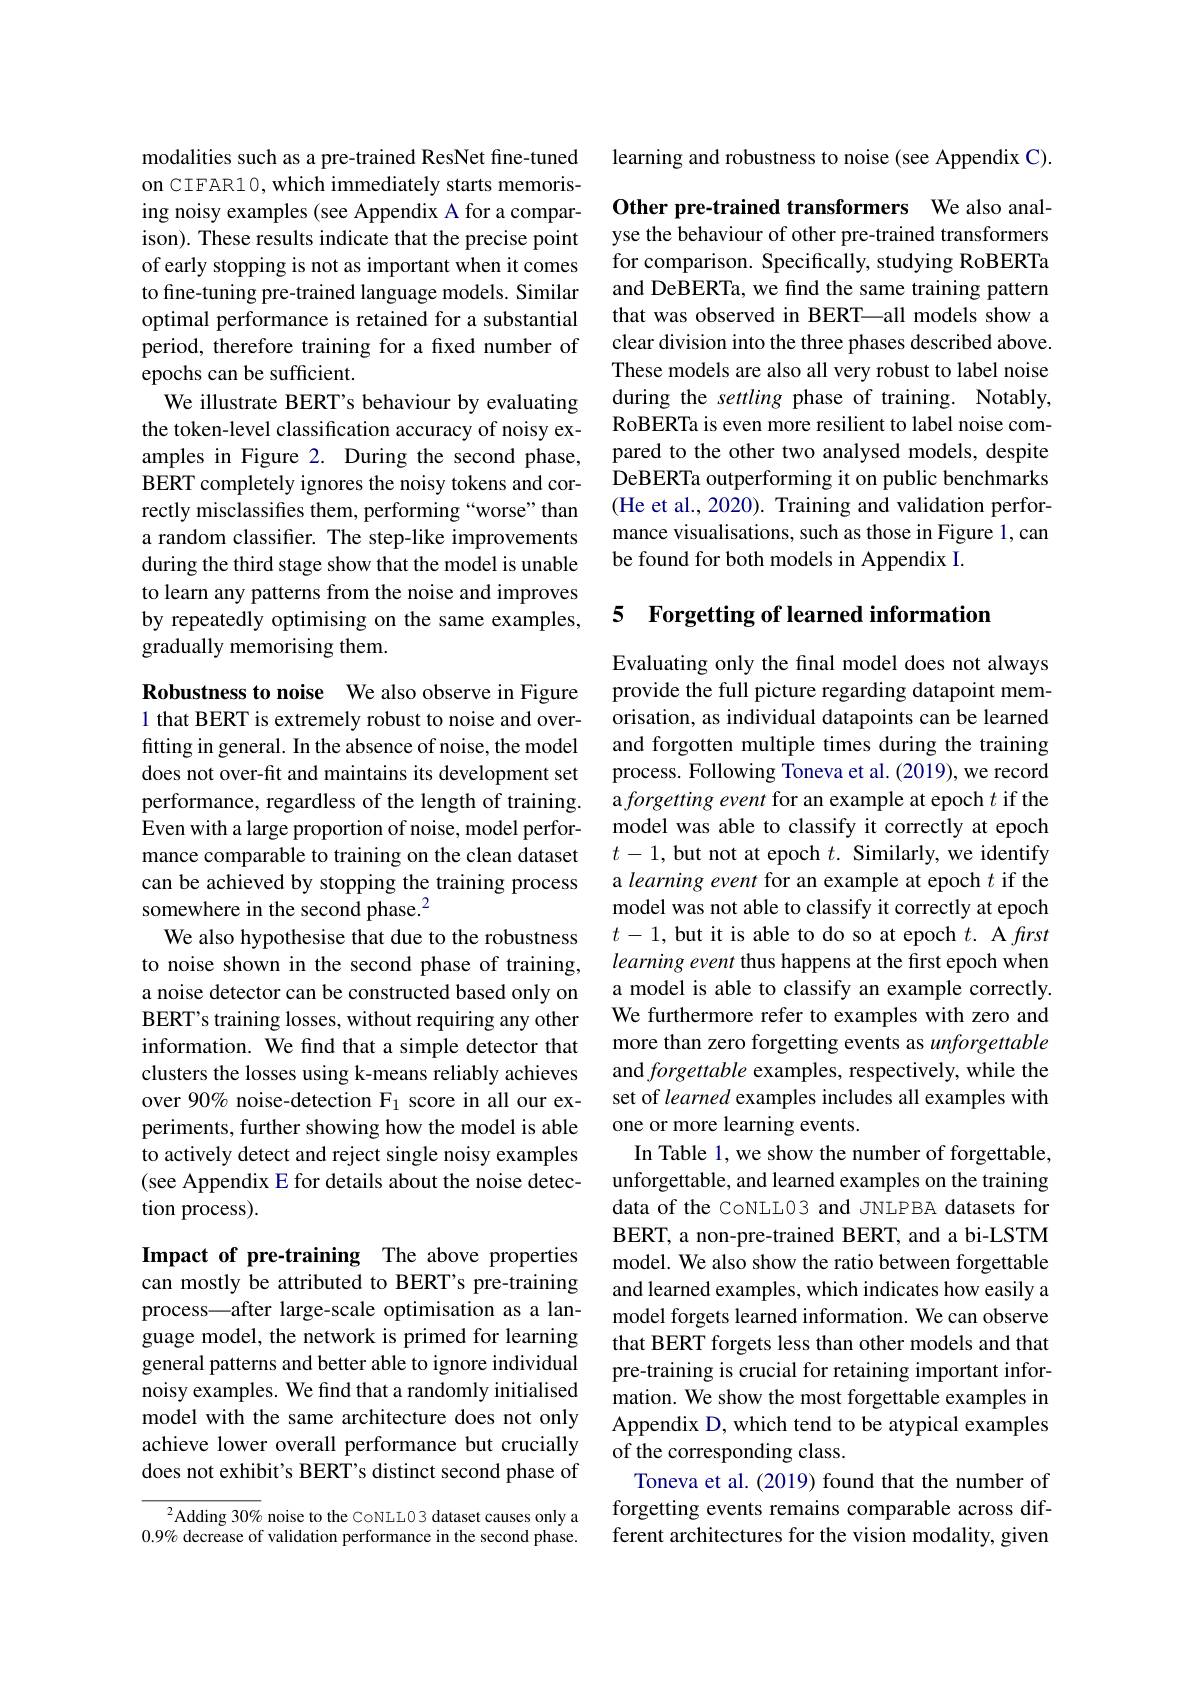
modalities such as a pre-trained ResNet fine-tuned on CIFAR10, which immediately starts memorising noisy examples ( see Appendix A for a comparison). These results indicate that the precise point of early stopping is not as important when it comes to fine-tuning pre-trained language models. Similar optimal performance is retained for a substantial period, therefore training for a fixed number of epochs can be sufficient.
We illustrate BERT's behaviour by evaluating the token-level classification accuracy of noisy examples in Figure 2. During the second phase, BERT completely ignores the noisy tokens and correctly misclassifies them, performing “worse”than a random classifier. The step-like improvements during the third stage show that the model is unable to learn any patterns from the noise and improves by repeatedly optimising on the same examples, gradually memorising them.

Robustness to noise We also observe in Figure 1 that BERT is extremely robust to noise and overfitting in general. In the absence of noise, the model does not over-fit and maintains its development set performance, regardless of the length of training. Even with a large proportion of noise, model performance comparable to training on the clean dataset can be achieved by stopping the training process somewhere in the second phase.$^2$
We also hypothesise that due to the robustness to noise shown in the second phase of training, a noise detector can be constructed based only on BERT's training losses, without requiring any other information. We find that a simple detector that clusters the losses using k-means reliably achieves over 90% noise-detection F1 score in all our experiments, further showing how the model is able to actively detect and reject single noisy examples (see Appendix E for details about the noise detection process).

Impact of pre-training The above properties can mostly be attributed to BERT's pre-training process—after large-scale optimisation as a language model, the network is primed for learning general patterns and better able to ignore individual noisy examples. We find that a randomly initialised model with the same architecture does not only achieve lower overall performance but crucially does not exhibit's BERT's distinct second phase of

$^{2}$Adding 30% noise to the CoNLLO3 dataset causes only a $0.9\%$ decrease of validation performance in the second phase.

learning and robustness to noise (see Appendix C).

Other pre-trained transformers We also analyse the behaviour of other pre-trained transformers for comparison. Specifically, studying RoBERTa and DeBERTa, we find the same training pattern that was observed in BERT—all models show a clear division into the three phases described above. These models are also all very robust to label noise during the settling phase of training. Notably, RoBERTa is even more resilient to label noise compared to the other two analysed models, despite DeBERTa outperforming it on public benchmarks (He et al., 2020). Training and validation performance visualisations, such as those in Figure 1, can be found for both models in Appendix I.

### 5 Forgetting of learned information

Evaluating only the final model does not always provide the full picture regarding datapoint memorisation, as individual datapoints can be learned and forgotten multiple times during the training process. Following Toneva et al. (2019), we record a forgetting event for an example at epoch $t$ if the model was able to classify it correctly at epoch $t-1$, but not at epoch $t.$ Similarly, we identify a learning event for an example at epoch $t$ if the model was not able to classify it correctly at epoch $t- 1, \textbf{but it is able to do so at epoch }t.$ A first learning event thus happens at the first epoch when a model is able to classify an example correctly. We furthermore refer to examples with zero and more than zero forgetting events as unforgettable and forgettable examples, respectively, while the set of learned examples includes all examples with one or more learning events.
In Table 1, we show the number of forgettable, unforgettable, and learned examples on the training data of the CoNLL03 and JNLPBA datasets for BERT, a non-pre-trained BERT, and a bi-LSTM model. We also show the ratio between forgettable and learned examples, which indicates how easily a model forgets learned information. We can observe that BERT forgets less than other models and that pre-training is crucial for retaining important information. We show the most forgettable examples in Appendix D, which tend to be atypical examples of the corresponding class.
Toneva et al. (2019) found that the number of forgetting events remains comparable across different architectures for the vision modality, given